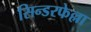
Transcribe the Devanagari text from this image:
सिन्डरफेल्ला